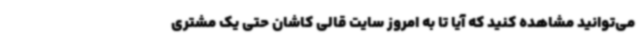
می‌توانید مشاهده کنید که آیا تا به امروز سایت قالی کاشان حتی یک مشتری